Report of an investigation into the causes of malaria in Bombay and the measures necessary for its control
Disease focus: Malaria
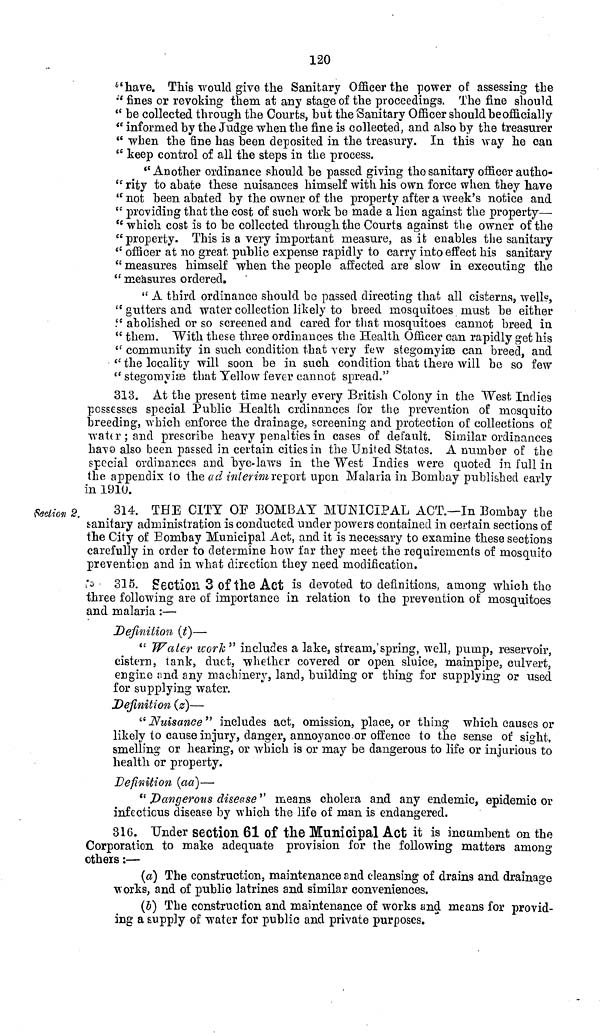
120
"have. This would give the Sanitary Officer the power of assessing the
" fines or revoking them at any stage of the proceedings. The fine should
" be collected through the Courts, but the Sanitary Officer should be officially
" informed by the Judge when the fine is collected, and also by the treasurer
" when the fine has been deposited in the treasury. In this way he can
" keep control of all the steps in the process.
"Another ordinance should be passed giving the sanitary officer autho-
" rity to abate these nuisances himself with his own force when they have
" not been abated by the owner of the property after a week's notice and
" providing that the cost of such work be made a lion against the property—
" which cost is to be collected through the Courts against the owner of the
"property. This is a very important measure, as it enables the sanitary
" officer at no great public expense rapidly to carry into effect his sanitary
" measures himself when the people affected are slow in executing the
" measures ordered.
" A third ordinance should be passed directing that all cisterns, well?,
" gutters and water collection likely to breed mosquitoes must be either
" abolished or so screened and cared for that mosquitoes cannot breed in
" them. With these three ordinances the Health Officer can rapidly get his
" community in such condition that very few stegomyiae can breed, and
" the locality will soon be in such condition that there will be so few
" stegomyiae that Yellow fever cannot spread."
313. At the present time nearly every British Colony in the West Indies
possesses special Public Health ordinances for the prevention of mosquito
breeding, which enforce the drainage, screening and protection of collections of
water; and prescribe heavy penalties in cases of default. Similar ordinances
have also been passed in certain cities in the United States. A number of the
special ordinances and bye-laws in the West Indies were quoted in full in
the appendix to the ad interim report upon Malaria in Bombay published early
in 1910.
faction 2.
314. THE CITY OF BOMBAY MUNICIPAL ACT.—In Bombay the
sanitary administration is conducted under powers contained in certain sections of
the City of Bombay Municipal Act, and it is necessary to examine these sections
carefully in order to determine how far they meet the requirements of mosquito
prevention and in what direction they need modification,
315. Section 3 of the Act is devoted to definitions, among which the
three following are of importance in relation to the prevention of mosquitoes
and malaria :—
Definition (t)—
" Water work " includes a lake, stream, spring, well, pump, reservoir,
cistern, lank, duct, whether covered or open sluice, mainpipe, culvert,
engine and any machinery, land, building or thing for supplying or used
for supplying water.
Definition (z)—
"Nuisance" includes act, omission, place, or thing which causes or
likely to cause injury, danger, annoyance or offence to the sense of sight,
smelling or hearing, or which is or may be dangerous to life or injurious to
health or property.
Definition (aa)—
" Dangerous disease" means cholera and any endemic, epidemic or
infectious disease by which the life of man is endangered.
316. Under section 61 of the Municipal Act it is incumbent on the
Corporation to make adequate provision for the following matters among
others:—
(a) The construction, maintenance and cleansing of drains and drainage
works, and of public latrines and similar conveniences.
(5) The construction and maintenance of works and means for provid-
ing a supply of water for public and private purposes.